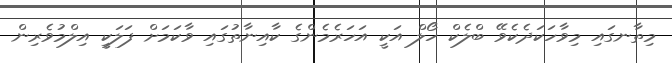
މިތާނގައި މިވާހަކަދެކެވޭ ބްލެކް ހޯލް އަކީ އަހަރެމެންގެ ކާއިނާތުގައި ވާކަމަށް ފަލަކީ އިލްމުވެރިން